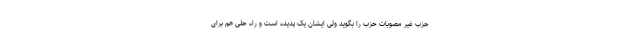
حزب غیر مصوبات حزب را بگوید ولی ایشان یک پدیده است و راه حلی هم برای